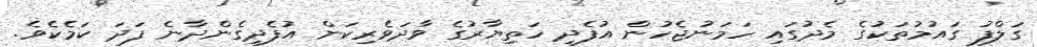
ގަލްފު ގައުމުތަކުގެ މެދުގައި ހަމަނުޖެހުން އުފެދި ހަތިޔާރުގެ ވާދަވެރިކަން އުފެދިގެންދާނެ ފަދަ ކަމެކެވެ.